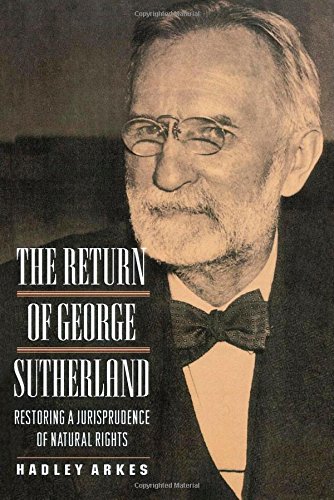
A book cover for The Return of George Sutherland; Hadley Arkes; Law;